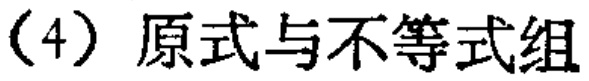
(4) 原式与不等式组